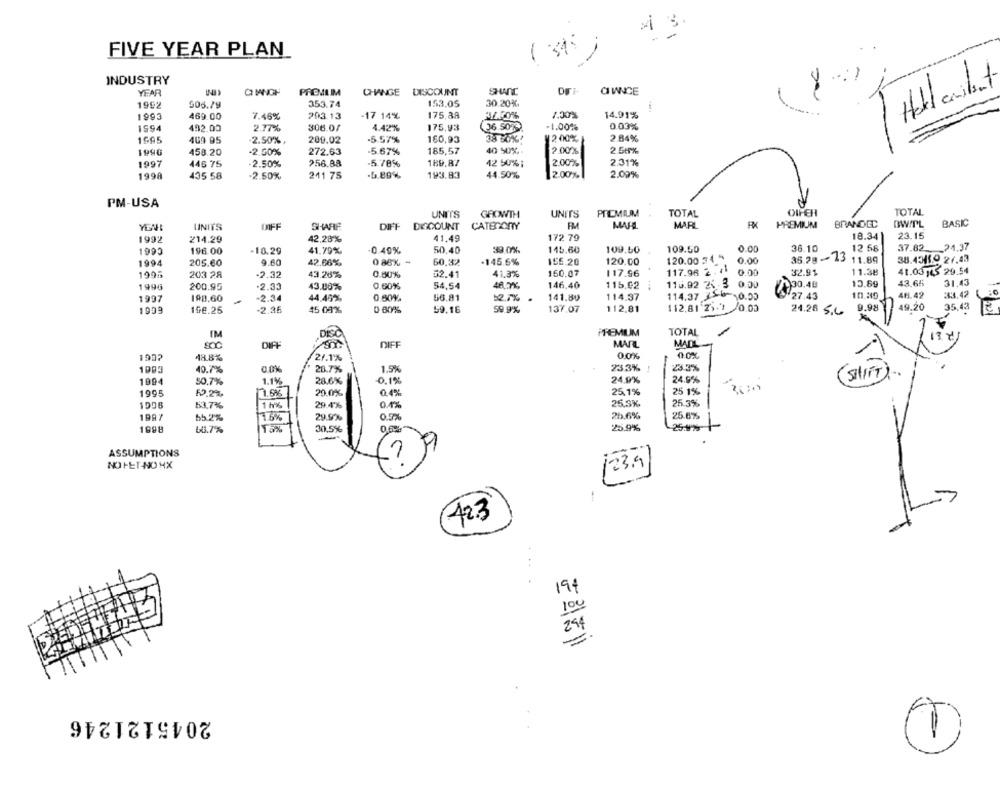
FIVE YEAR PLAN
INDUSTRY
YEAR
CMNGH
PREMIM
CHANGE DISCOUNT
SHANT
OWNICE
1992
353.74
153.05
30.20%.
ITH
505.79
1993
469.00
7.46%
203.13
-17 14%
175,38
1.30%
14.91%
IS94
492.00
2.77%
306.01
4.42%
175.93
(36.50%)
-1.00%
0.03%
1605
409 95
2.50%,
200.02
-5.57%
160,93
38 50%!
2 00%
2.84%
1990
+2.50%
272.63
-5.67%
185,57
40 50%. .
2.00%
2.58%
458.20
1997
446 75
2.50%
256.88
-5.78%
189.87
42 50%;
2.00%
2.31%
1998
435 58
211 75
-6.80%
193.83
44.50%
2.00%
2.09%
-2.50%
PM-USA
UNI'IS
GROWTH
UNITS
PREMIUM
TOTAL
OIFEH
TOTAL
BASIC
UNITS
SHARF
DIFF
DISCOUNT
CATENANY
MAHL
MARL
PREMIUM
BRANDCC
BWIPL
1992
42,28%
41.49
172 79
18.34
23.15
214.29
1995
196.00
-10.29
41.79%
0.40%
50,40
39.0%
115.60
109.50
109.50
0.00
36.10
12 58
37.82
-24.37
1994
205.60
9.60
42.66%
0 86% -
60.32
-145.6%
156,20
120.00
120.00 74"
0.00
35.2g -13
11.89
38.4341.9 27.43
117.98 2 . 41
41.03 ,45 29.54
1995
203 28
-2.32
43.26%
0.50%
32.41
41,3%
150.07
117.96
0.00
32.91
11.38
1996
200.95
.2.33
43.00%
0.60%
54,54
48 X
146,40
115.92
115.92 26 -3 0.00
30.40
13.69
43.65
31,43
3:3.42
1997
198,60
-2.34
44.49%
0.60%.
66,81
12.7%
141.80
114.37
114.37 350 0.00
27.45
10.30
46.42
198.25
-2.36
45 09%
0 80%
59.16
59.9%
137.07
112,81
112,81 23.1 0.00
9.98
49.20
35,43
1909
24.28 5.6
DISC
PREMIUM
TOTAL
-
IM
800
DIFF
DIFF
MAIL
1032
48.8%
2/.1%
00%
00%
1003
40.7%
20.7%
1.5%
23.3%
23.3%
1994
50.7%
1.1%
28.6%
0.1%
24.9%
24.9%
(SHIFT) ..
1995
12,29
1.6%
20.0%
0.4%
25.1%
25 1%
1996
1 h%
29.4%
0.4%
25.3%
26.3%
63.7%
65.2%
1.5%
29.9%
0.5%
26.6%
25.6%
1998
30.5%
25.9%
25.4%%-
60.7%
0,6%
-
1
ASSUMPTIONS
NO HET-NO XX
[23.4]
1
723
197
100
249
=
2045121246
1